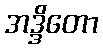
အဒ္ဒိတော